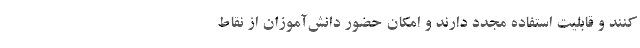
کنند و قابلیت استفاده مجدد دارند و امکان حضور دانش‌آموزان از نقاط